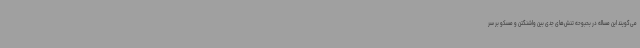
می‌گویند این مساله در بحبوحه تنش‌های جدی بین واشنگتن و مسکو بر سر